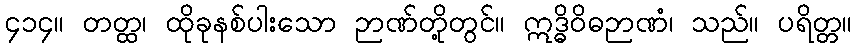
၄၁၄။ တတ္ထ၊ ထိုခုနစ်ပါးသော ဉာဏ်တို့တွင်။ ဣဒ္ဓိဝိဓဉာဏံ၊ သည်။ ပရိတ္တ။